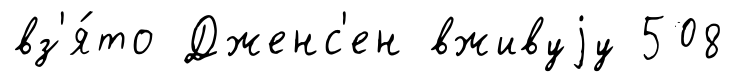
вз'я́то Дженс'ен вживуjу 508